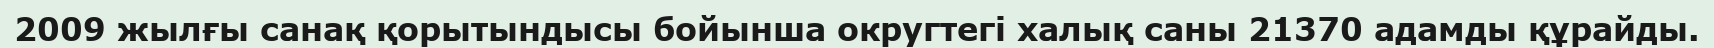
2009 жылғы санақ қорытындысы бойынша округтегі халық саны 21370 адамды құрайды.